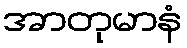
အာတုမာနံ